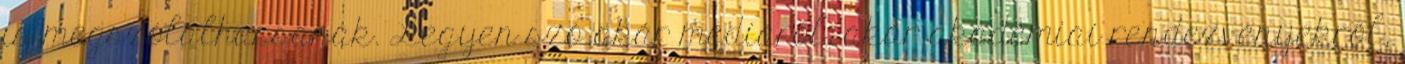
is megszólalhassanak. Legyen szó akár médiáról, akár akadémiai rendezvényekről,